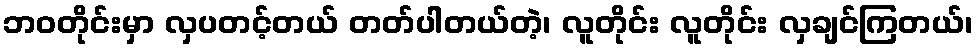
ဘဝတိုင်းမှာ လှပတင့်တယ် တတ်ပါတယ်တဲ့၊ လူတိုင်း လူတိုင်း လှချင်ကြတယ်၊